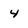
Character: 4